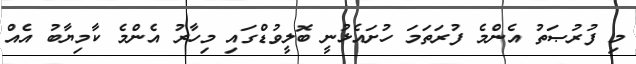
މި ފުރުޞަތު އެންމެ ފުރަތަމަ ހުށައެޅުނީ ބޮލީވުޑްގައި މިހާރު އެންމެ ކާމިޔާބު އެއް